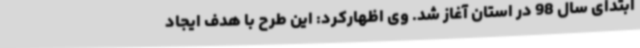
ابتدای سال 98 در استان آغاز شد. وی اظهارکرد: این طرح با هدف ایجاد